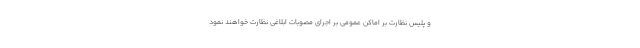
و پلیس نظارت بر اماکن عمومی بر اجرای مصوبات ابلاغی نظارت خواهند نمود